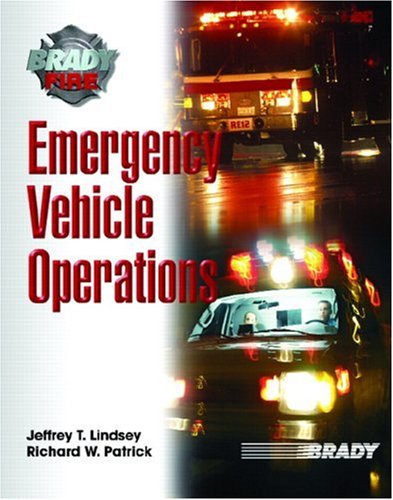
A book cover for Emergency Vehicle Operations; Jeffrey T. Lindsey Ph.D; Medical Books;